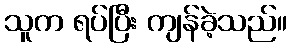
သူက ရပ်ပြီး ကျန်ခဲ့သည်။